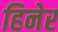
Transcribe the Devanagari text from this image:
हिनेर